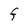
Character: F